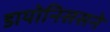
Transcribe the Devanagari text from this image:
डायोनिससने